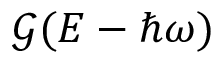
\mathcal { G } ( E - \hbar \omega )